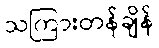
သကြားတန်ချိန်